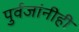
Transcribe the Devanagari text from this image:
पुर्वजांनीही